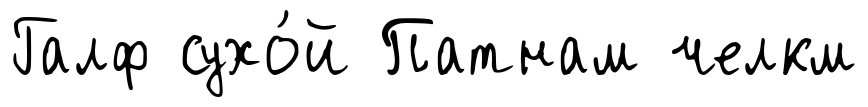
Галф сухо́й Патнам челкм